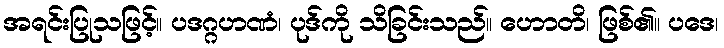
အရင်းပြုသဖြင့်။ ပဒဂ္ဂဟဏံ၊ ပုဒ်ကို သိခြင်းသည်။ ဟောတိ၊ ဖြစ်၏။ ပဒေ၊